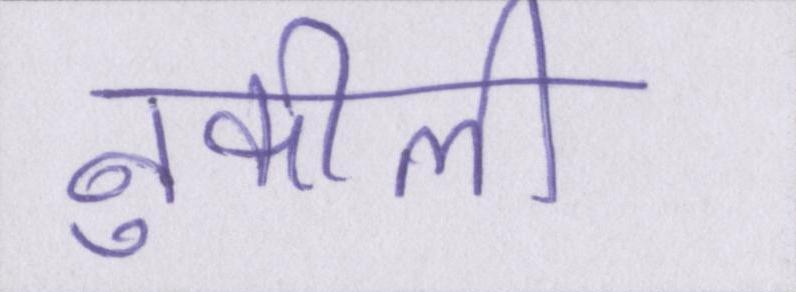
नुकीली